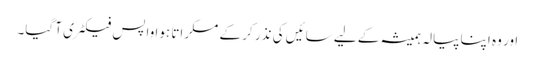
اور وہ اپنا پیالہ ہمیشہ کے لیے سائیں کی نذر کر کے مسکراتا ہوا واپس فیکٹری آ گیا۔